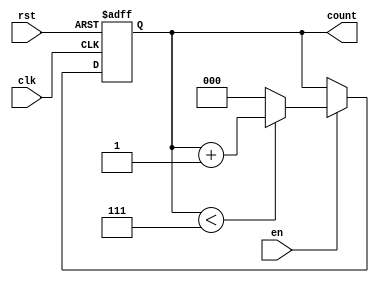
module binary_up_counter (
    input wire clk,      // Clock signal
    input wire rst,      // Asynchronous reset signal
    input wire en,       // Enable signal
    output reg [N-1:0] count // Count output
);
    parameter N = 3; // Number of bits for the counter (3 bits for this example)

    // Maximum count value
    localparam MAX_COUNT = (1 << N) - 1; // 2^N - 1

    // Always block for sequential logic
    always @(posedge clk or posedge rst) begin
        if (rst) begin
            count <= 0; // Reset count to 0
        end else if (en) begin
            if (count < MAX_COUNT) begin
                count <= count + 1; // Increment count
            end else begin
                count <= 0; // Wrap around to 0
            end
        end
    end
endmodule